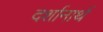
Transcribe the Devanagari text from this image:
दर्शानार्थ